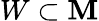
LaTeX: W\subset\mathbf{M}